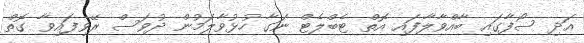
އަދި ސޯފާގައި ބާއްވާލާފައި އޮތް ޓެބްލެޓް ނަގާ ހުޅުވާލަމުން ދުވަސް ރޭވިފައިވާ ގޮތް